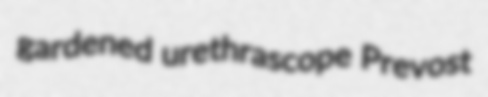
gardened urethrascope Prevost